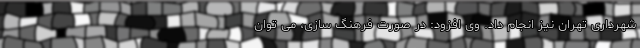
شهرداری تهران نیز انجام داد. وی افزود: در صورت فرهنگ سازی، می توان